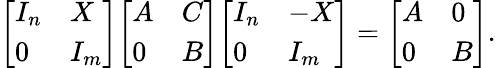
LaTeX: {\left[\begin{array}{ll}{I_{n}}&{X}\\ {0}&{I_{m}}\end{array}\right]}{\left[\begin{array}{ll}{A}&{C}\\ {0}&{B}\end{array}\right]}{\left[\begin{array}{ll}{I_{n}}&{-X}\\ {0}&{I_{m}}\end{array}\right]}={\left[\begin{array}{ll}{A}&{0}\\ {0}&{B}\end{array}\right]}.